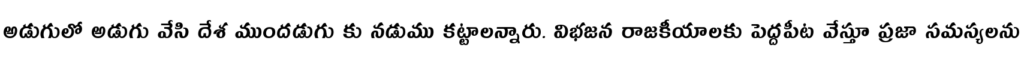
అడుగులో అడుగు వేసి దేశ ముందడుగు కు నడుము కట్టాలన్నారు. విభజన రాజకీయాలకు పెద్దపీట వేస్తూ ప్రజా సమస్యలను